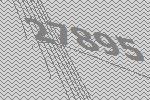
27895